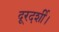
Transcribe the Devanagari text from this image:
दूरदर्शी।